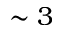
\sim 3